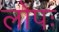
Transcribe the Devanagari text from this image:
लोपः